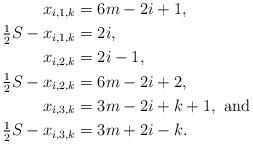
LaTeX: \begin{align*}x_{i,1,k} &= 6m-2i+1, \\\tfrac{1}{2} S -x_{i,1,k} &= 2i, \\x_{i,2,k} &= 2i-1, \\\tfrac{1}{2} S - x_{i,2,k} &= 6m-2i+2, \\x_{i,3,k} &= 3m-2i+k+1, \mbox{ and } \\\tfrac{1}{2} S - x_{i,3,k} &= 3m+2i-k. \end{align*}